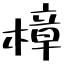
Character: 樟